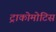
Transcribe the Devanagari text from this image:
ट्राकोमोटिस